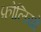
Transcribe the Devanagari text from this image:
फ़ोलियो